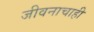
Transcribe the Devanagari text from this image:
जीवनाचाही